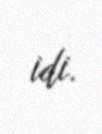
idi.